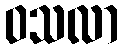
ဝသလာ